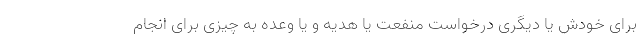
برای خودش یا دیگری درخواست منفعت یا هدیه و یا وعده به چیزی برای انجام